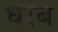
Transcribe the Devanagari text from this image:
धरब